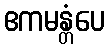
ဧကမန္တံပေ